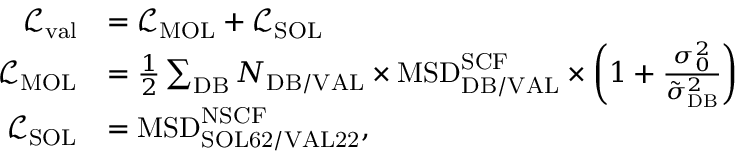
\begin{array} { r l } { \mathcal { L } _ { \mathrm { v a l } } } & { = \mathcal { L } _ { \mathrm { M O L } } + \mathcal { L } _ { \mathrm { S O L } } } \\ { \mathcal { L } _ { \mathrm { M O L } } } & { = \frac { 1 } { 2 } \sum _ { \mathrm { D B } } N _ { \mathrm { D B / V A L } } \times \mathrm { M S D } _ { \mathrm { D B / V A L } } ^ { \mathrm { S C F } } \times \left( 1 + \frac { \sigma _ { 0 } ^ { 2 } } { \tilde { \sigma } _ { \mathrm { D B } } ^ { 2 } } \right) } \\ { \mathcal { L } _ { \mathrm { S O L } } } & { = \mathrm { M S D } _ { \mathrm { S O L 6 2 / V A L 2 2 } } ^ { \mathrm { N S C F } } , } \end{array}